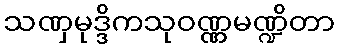
သဏှမုဒ္ဒိကသုဝဏ္ဏမဏ္ဍိတာ